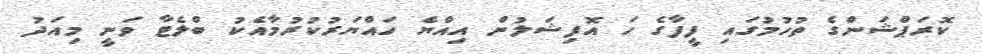
ކޮރަޕްޝަންގެ ތުހުމުގައި ފީފާގެ ހަ އޮފިޝަލުން އިއްޔެ ހައްޔަރުކުރުމާއެކު ބްލެޓާ ވަނީ މިއަދު